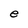
Character: e